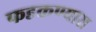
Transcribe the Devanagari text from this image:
फडकण्यास